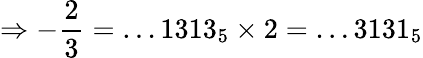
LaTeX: \Rightarrow-{\frac{2}{3}}=\dots 1313_{5}\times 2=\dots 3131_{5}